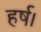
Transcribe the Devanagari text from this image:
हर्ष।